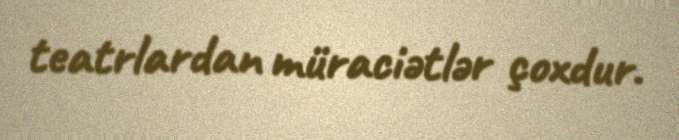
teatrlardan müraciətlər çoxdur.